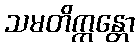
သမတိက္ကန္တော